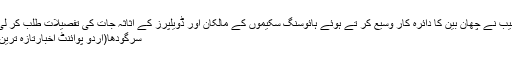
نیب نے چھان بین کا دائرہ کار وسیع کر تے ہوئے ہائوسنگ سکیموں کے مالکان اور ڈویلپرز کے اثاثہ جات کی تفصیلات طلب کر لی
سرگودھا(اُردو پوائنٹ اخبارتازہ ترین۔